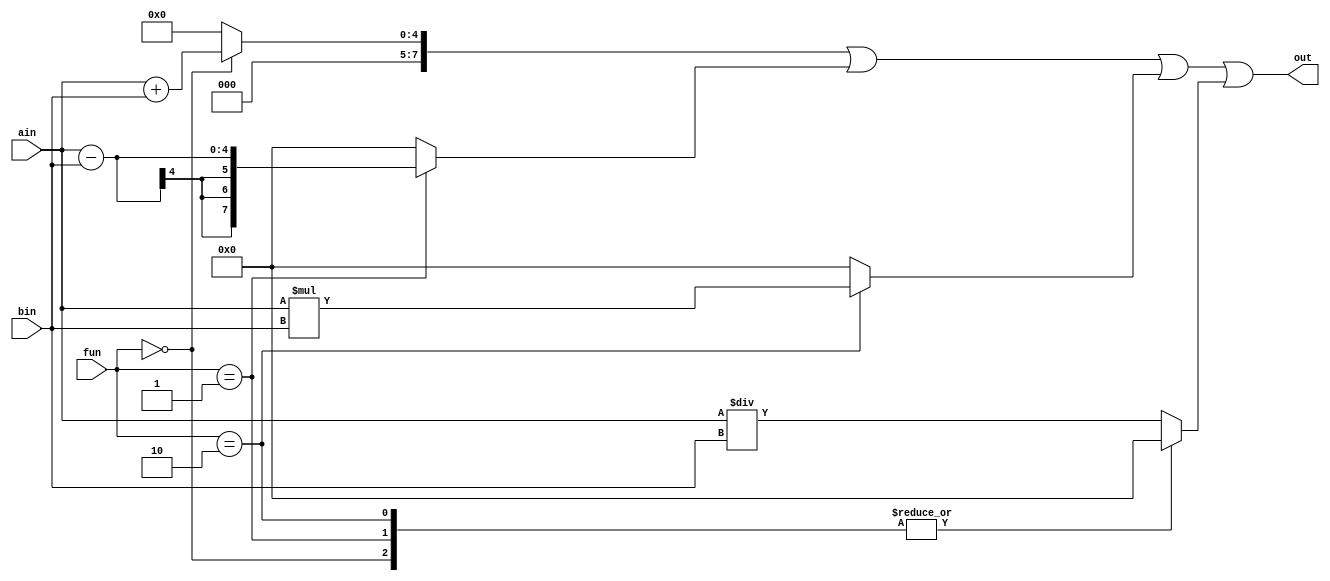
module calculator (ain,bin,fun,out);
input [3:0] ain;
input [3:0] bin;
input [2:0] fun;
output [7:0] out;

reg [7:0] out_sum, out_sub , out_mult, out_div;

assign out = out_sum | out_sub | out_mult | out_div;

always@(ain or bin)
begin
    case (fun)

        2'b00: begin
            out_sum <= ain + bin;
            out_sub <= 7'b0;
            out_mult <= 7'b0;
            out_div <= 7'b0;
         end
        2'b01: begin
            out_sub <= ain - bin;
            out_sum <= 7'b0;
            out_mult <= 7'b0;
            out_div <= 7'b0;

        end
        2'b10: begin
            out_mult <= ain * bin;
            out_sum <= 7'b0;
            out_sub <= 7'b0;
            out_div <= 7'b0;
        end
        default: begin
            out_div <= ain / bin;
            out_sum <= 7'b0;
            out_sub <= 7'b0;
            out_mult <= 7'b0;
        end

    endcase
end
endmodule